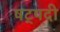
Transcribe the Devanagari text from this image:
षट्‍पदी